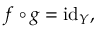
f \circ g = \operatorname { i d } _ { Y } ,